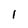
Character: l